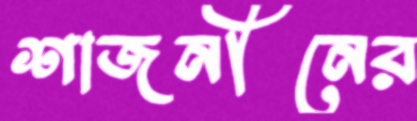
শাজনীনের